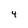
Character: 4